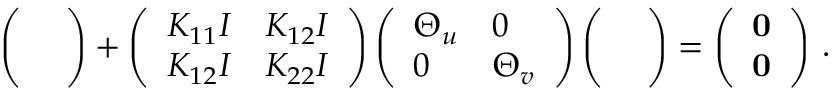
\left( \begin{array} { l } { { \bf \xi } } \\ { { \bf \zeta } } \end{array} \right) + \left( \begin{array} { l l } { K _ { 1 1 } I } & { K _ { 1 2 } I } \\ { K _ { 1 2 } I } & { K _ { 2 2 } I } \end{array} \right) \left( \begin{array} { l l } { \Theta _ { u } } & { 0 } \\ { 0 } & { \Theta _ { v } } \end{array} \right) \left( \begin{array} { l } { { \bf \xi } } \\ { { \bf \zeta } } \end{array} \right) = \left( \begin{array} { l } { { \bf 0 } } \\ { { \bf 0 } } \end{array} \right) \, .